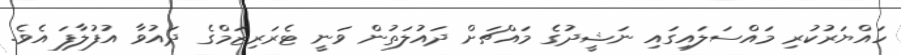
ހައްޔަރުކުރި މައްސަލައިގައި ނަޝީދުގެ މައްޗަށް ދައުލަތުން ވަނީ ޓެރަރިޒަމްގެ ދައުވާ އުފުލާފަ އެވެ.